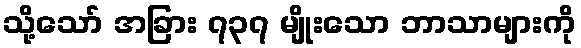
သို့သော် အခြား ၇၃၇ မျိုးသော ဘာသာများကို